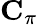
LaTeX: \mathbf{C}_{\pi}